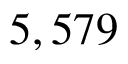
5 , 5 7 9